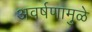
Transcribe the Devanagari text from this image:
अवर्षणामुळे